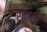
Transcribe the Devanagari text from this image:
सुनलो